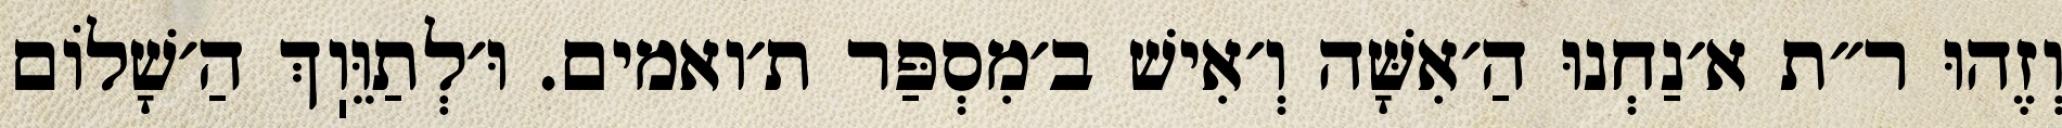
וְזֶהוּ ר״ת א׳נַחְנוּ הַ׳אִשָּׁה וְ׳אִישׁ ב׳מִסְפַּר ת׳ואמים. וּ׳לְתַוֵּוֽךְ הַ׳שָׁלוֹם